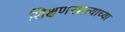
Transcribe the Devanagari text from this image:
शिक्षणखात्याच्या